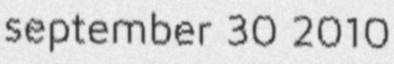
september 30 2010